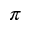
\pi